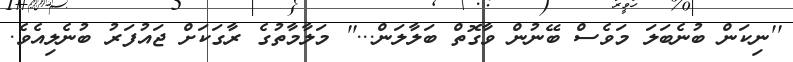
''ނިކަން ބުނެބަލަ މަވެސް ބޭނުން ވާގޮތް ބަލާލަން...'' މަލާމާތުގެ ރާގަކަށް ޖައުފަރު ބުނެލިއެވެ.